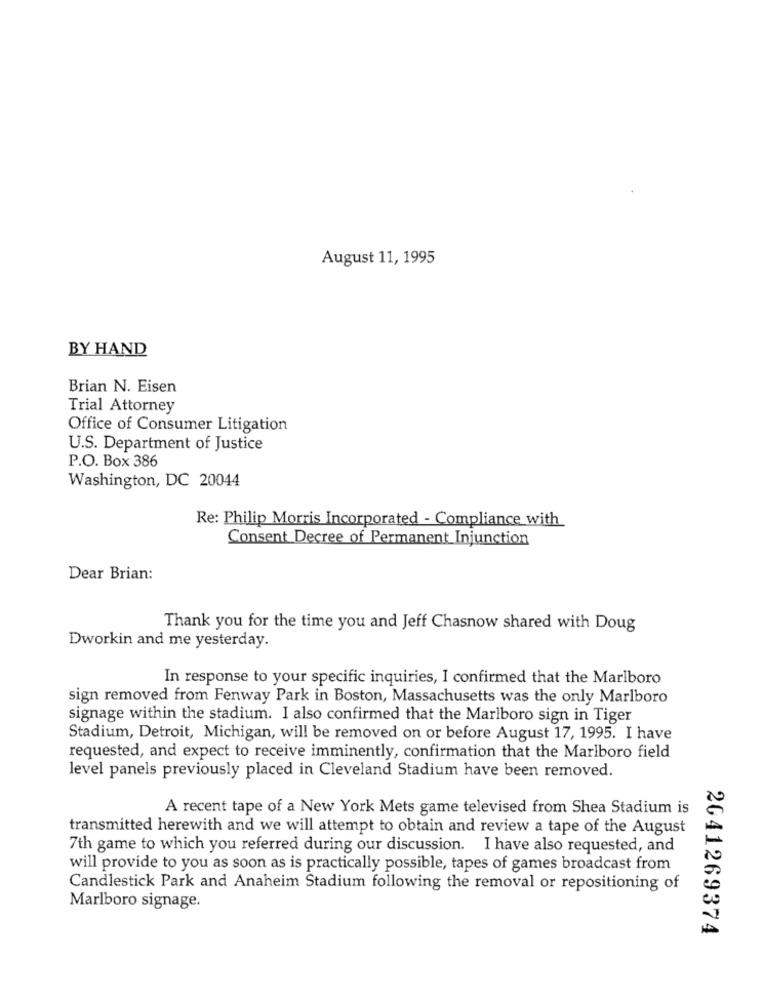
August 11, 1995
BY HAND
Brian N. Eisen
Trial Attorney
Office of Consumer Litigation
U.S. Department of Justice
P.O. Box 386
Washington, DC 20044
Re: Philip Morris Incorporated - Compliance with
Consent Decree of Permanent Injunction
Dear Brian:
Thank you for the time you and Jeff Chasnow shared with Doug
Dworkin and me yesterday.
In response to your specific inquiries, I confirmed that the Marlboro
sign removed from Fenway Park in Boston, Massachusetts was the only Marlboro
signage within the stadium. I also confirmed that the Marlboro sign in Tiger
Stadium, Detroit, Michigan, will be removed on or before August 17, 1995. I have
requested, and expect to receive imminently, confirmation that the Marlboro field
level panels previously placed in Cleveland Stadium have been removed.
A recent tape of a New York Mets game televised from Shea Stadium is
transmitted herewith and we will attempt to obtain and review a tape of the August
7th game to which you referred during our discussion. I have also requested, and
will provide to you as soon as is practically possible, tapes of games broadcast from
Candlestick Park and Anaheim Stadium following the removal or repositioning of
Marlboro signage.
2641269374